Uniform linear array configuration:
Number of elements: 48
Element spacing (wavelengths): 0.75
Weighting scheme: kaiser
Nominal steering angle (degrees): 0
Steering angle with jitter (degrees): -1.881
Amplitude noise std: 0.05
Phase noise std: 0.05

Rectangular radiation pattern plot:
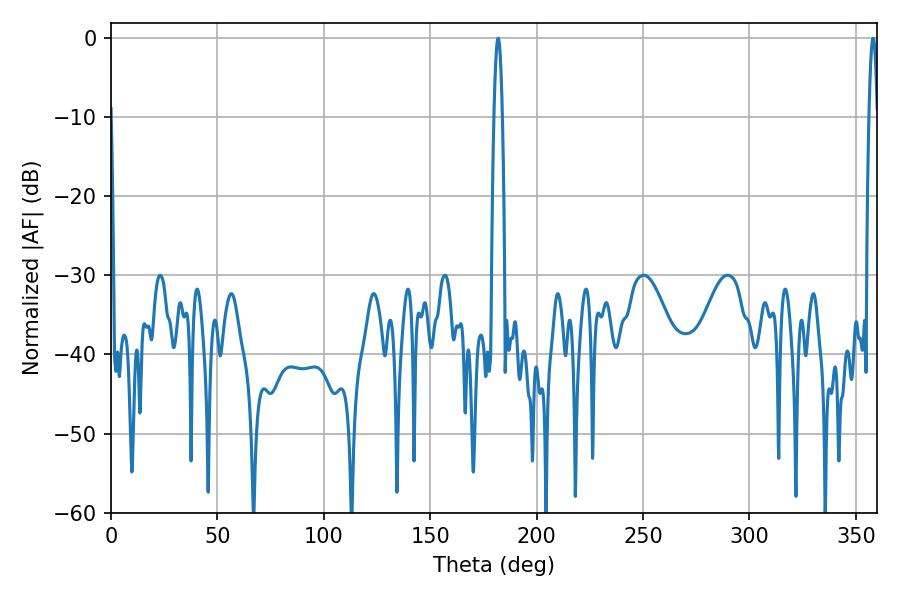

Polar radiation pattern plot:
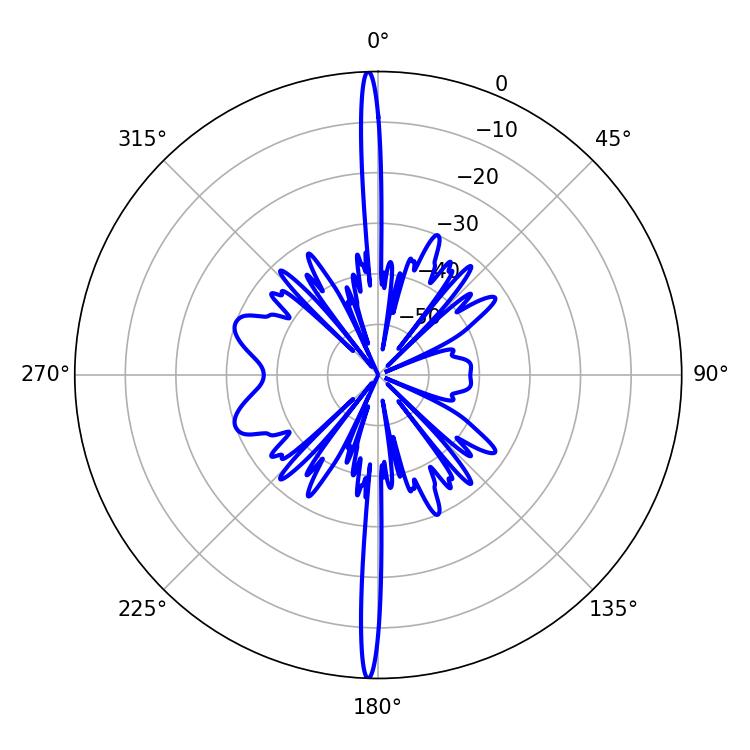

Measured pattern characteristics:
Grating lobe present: TRUE
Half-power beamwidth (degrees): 1.98
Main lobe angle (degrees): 358.02